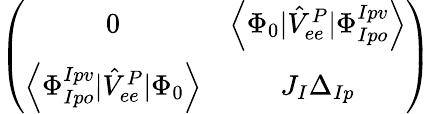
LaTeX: \begin{array}{r}{\left(\begin{array}{cc}{0}&{\left<\Phi_{0}|\hat{V}_{ee}^{P}|\Phi_{Ipo}^{Ipv}\right>}\\ {\left<\Phi_{Ipo}^{Ipv}|\hat{V}_{ee}^{P}|\Phi_{0}\right>}&{J_{I}\Delta_{Ip}}\end{array}\right)}\end{array}